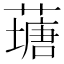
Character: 䕋